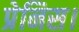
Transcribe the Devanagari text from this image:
प्रेनिस।